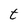
Character: t